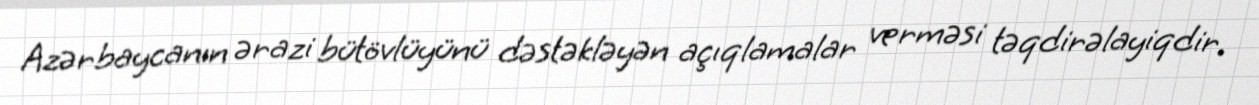
Azərbaycanın ərazi bütövlüyünü dəstəkləyən açıqlamalar verməsi təqdirəlayiqdir.